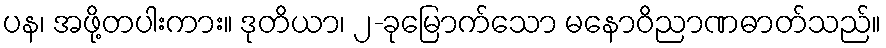
ပန၊ အဖို့တပါးကား။ ဒုတိယာ၊ ၂-ခုမြောက်သော မနောဝိညာဏဓာတ်သည်။